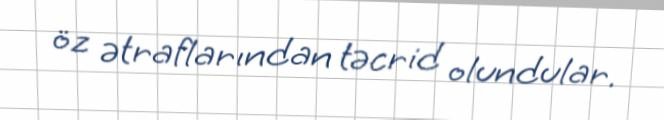
öz ətraflarından təcrid olundular.